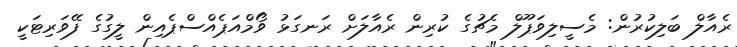
ރެއާލް ބަލިކުރުން: މެސީލިވަޕޫލް މެޗުގެ ކުރިން ރެއާލަށް ރަނގަޅު ވޯމްއަޕެއްސްޕެއިން ލީގުގެ ފޭވަރިޓަކީ